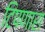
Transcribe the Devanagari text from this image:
टिपणारा